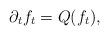
LaTeX: \begin{align*}\label[Ieq]{eq:abstractpde} \partial_t f_t = Q ( f_t ), \end{align*}